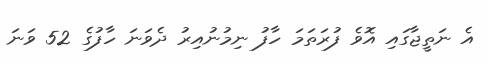
އެ ނަތީޖާގައި އޮވެ ފުރަތަމަ ހާފު ނިމުނުއިރު ދެވަނަ ހާފުގެ 52 ވަނަ